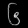
Digit: ၆